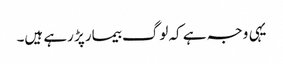
یہی وجہ ہے کہ لوگ بیمار پڑ رہے ہیں۔